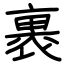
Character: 裹